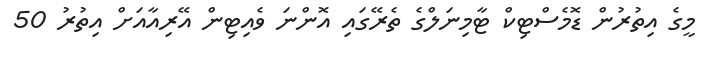
މީގެ އިތުރުން ޑޮމެސްޓިކް ޓާމިނަލްގެ ތެރޭގައި އޮންނަ ވެއިޓިން އޭރިއާއަށް އިތުރު 50